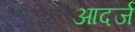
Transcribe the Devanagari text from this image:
आदर्ज